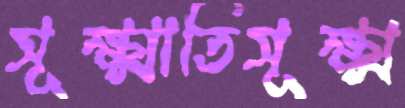
সূক্ষ্মাতিসূক্ষ্ম